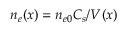
n _ { e } ( x ) = n _ { e 0 } C _ { s } / V ( x )